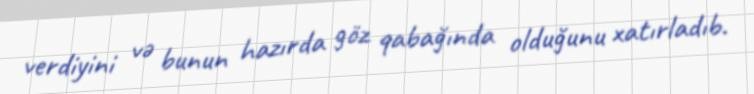
verdiyini və bunun hazırda göz qabağında olduğunu xatırladıb.